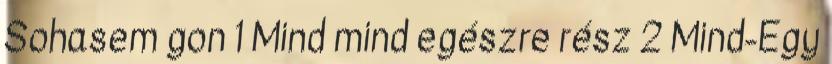
Sohasem gon 1 Mind mind egészre rész 2 Mind-Egy